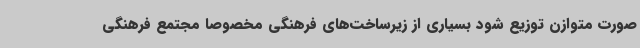
صورت متوازن توزیع شود بسیاری از زیرساخت‌های فرهنگی مخصوصا مجتمع فرهنگی